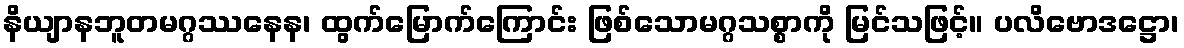
နိယျာနဘူတမဂ္ဂဿနေန၊ ထွက်မြောက်ကြောင်း ဖြစ်သောမဂ္ဂသစ္စာကို မြင်သဖြင့်။ ပလိဗောဒဋ္ဌော၊